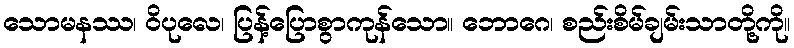
သောမနဿ၊ ဝိပုလေ၊ ပြန့်ပြောစွာကုန်သော။ ဘောဂေ၊ စည်းစိမ်ချမ်းသာတို့ကို။